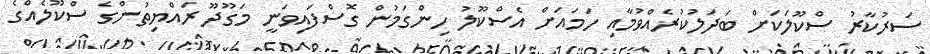
ސަރުކާރު ސްކޫލަކަށް ބަދަލުކުރެއްވުމާއި ހަމައަށް އެސްކޫލު ހިންގަމުން ގޮސްފައިވަނީ މަގޫދޫ ރައްޔިތުންގެ ސްކޫލެއްގެ